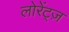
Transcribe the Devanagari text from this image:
लोरेंट्ज़